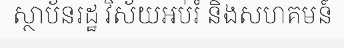
ស្ថាប័នរដ្ឋ វិស័យអប់រំ និងសហគមន៍